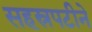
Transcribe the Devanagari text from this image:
सहस्रपटीने